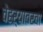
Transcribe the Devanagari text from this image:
चेहऱ्यावरचा